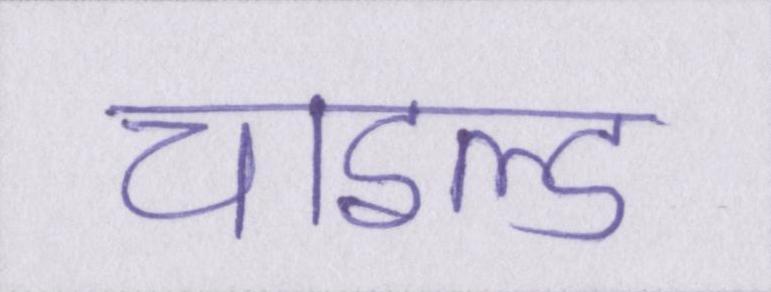
चाइल्ड